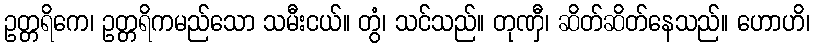
ဥတ္တရိကေ၊ ဥတ္တရိကမည်သော သမီးငယ်။ တွံ၊ သင်သည်။ တုဏှီ၊ ဆိတ်ဆိတ်နေသည်။ ဟောဟိ၊